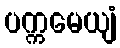
ပက္ကမေယျံ